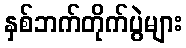
နှစ်ဘက်တိုက်ပွဲများ